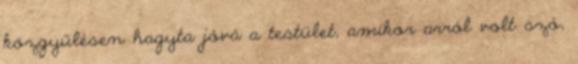
közgyűlésen hagyta jóvá a testület, amikor arról volt szó,